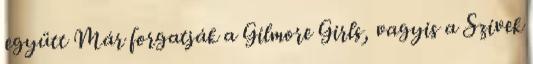
együtt Már forgatják a Gilmore Girls, vagyis a Szívek